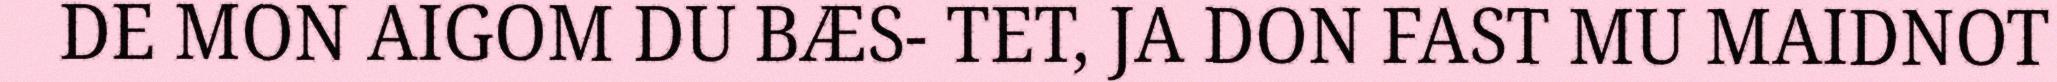
DE MON AIGOM DU BÆS- TET, JA DON FAST MU MAIDNOT